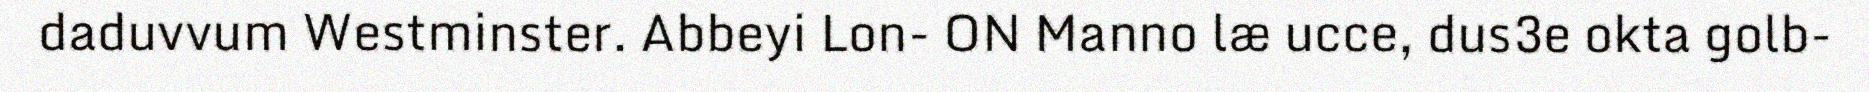
daduvvum Westminster. Abbeyi Lon- ON Manno læ ucce, dus3e okta golb-